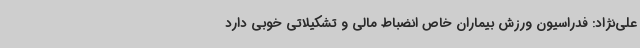
علی‌نژاد: فدراسیون ورزش بیماران خاص انضباط مالی و تشکیلاتی خوبی دارد